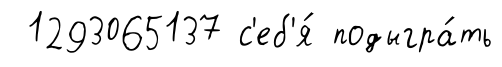
1293065137 с'еб'я́ подыгра́ть